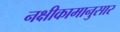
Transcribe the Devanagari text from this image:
नक्षीकामानुसार